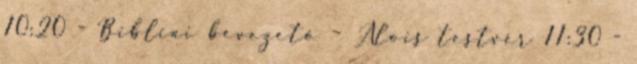
10:20 - Bibliai bevezető – Alois testvér 11:30 -